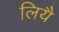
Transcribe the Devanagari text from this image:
लियै